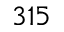
3 1 5